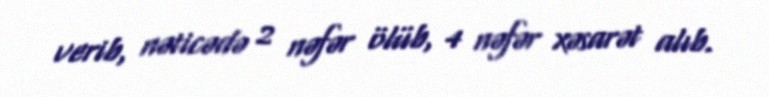
verib, nəticədə 2 nəfər ölüb, 4 nəfər xəsarət alıb.